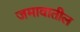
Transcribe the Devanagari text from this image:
जमावातील